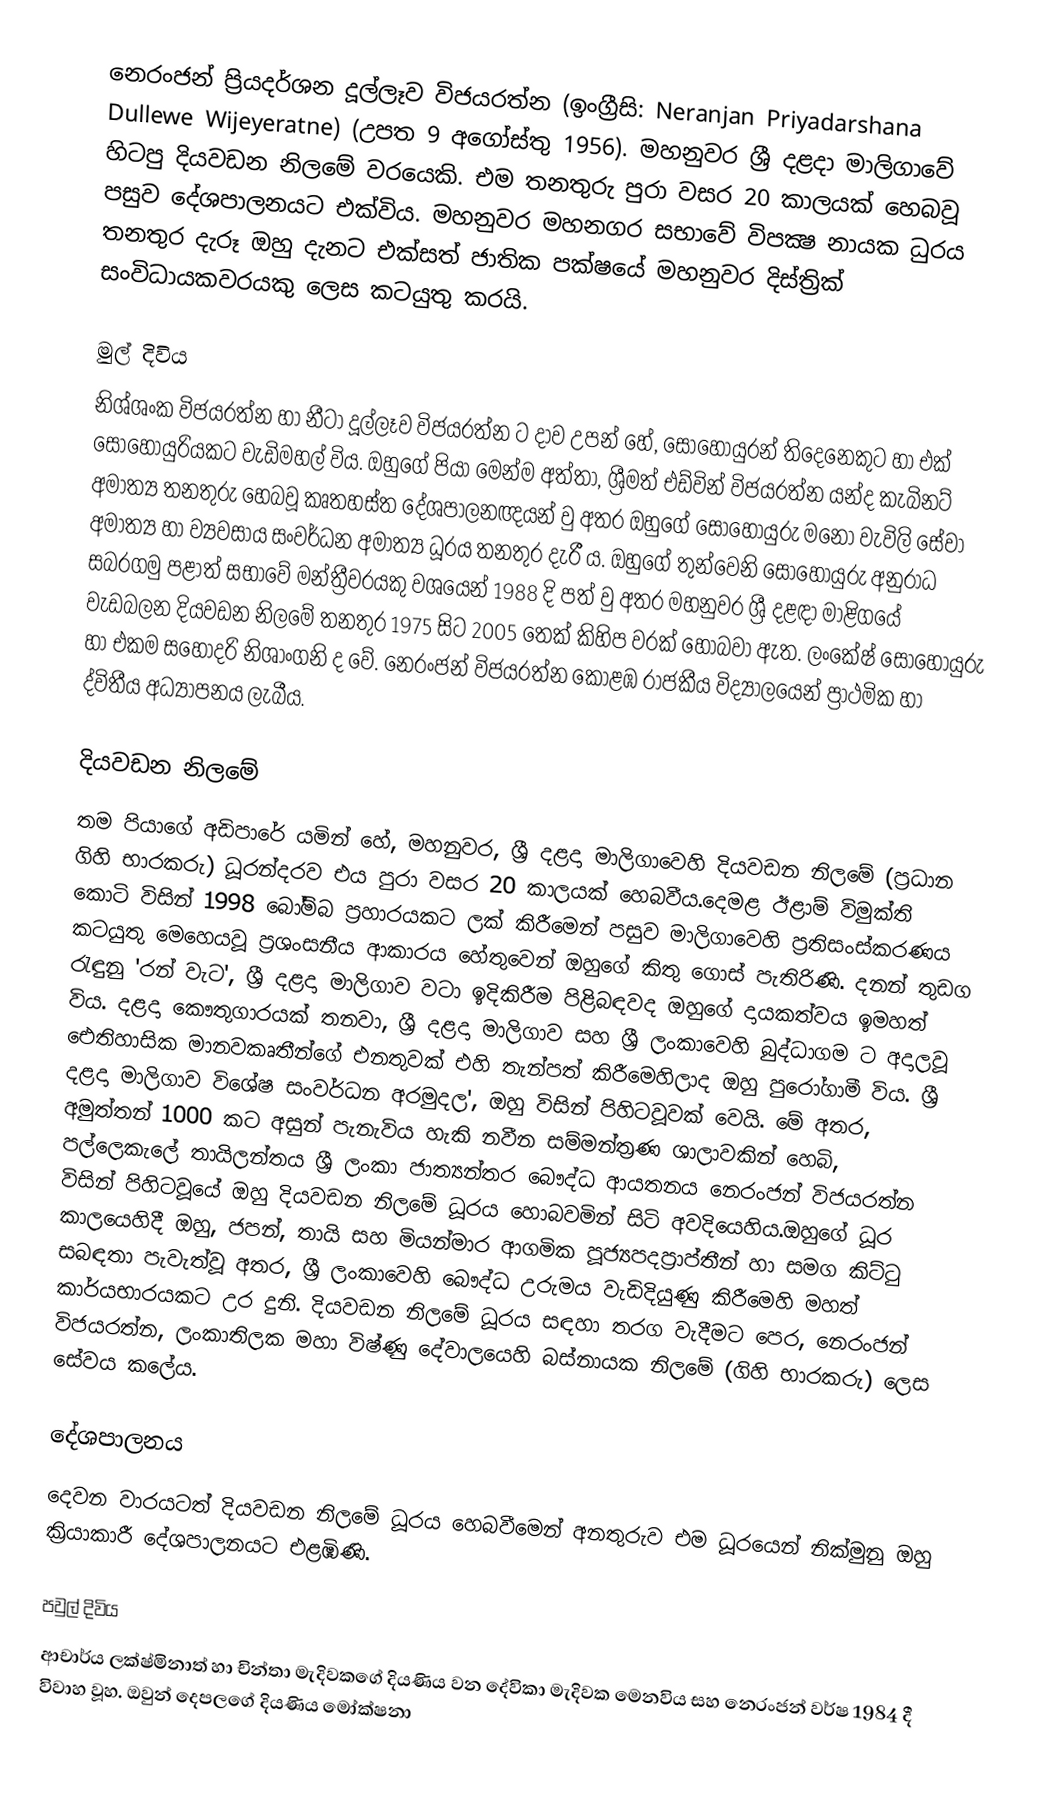
නෙරංජන් ප්‍රියදර්ශන දූල්ලෑව විජයරත්න  (ඉංග්‍රීසි:  Neranjan Priyadarshana Dullewe Wijeyeratne) (උපත 9 අගෝස්තු 1956). මහනුවර ශ්‍රී දළදා මාලිගාවේ හිටපු දියවඩන නිලමේ වරයෙකි. එම තනතුරු පුරා වසර 20 කාලයක් හෙබවූ පසුව දේශපාලනයට එක්විය. මහනුවර මහනගර සභාවේ විපක්‍ෂ නායක ධුරය තනතුර දැරූ ඔහු දැනට එක්සත් ජාතික පක්ෂයේ මහනුවර දිස්ත්‍රික් සංවිධායකවරයකු ලෙස කටයුතු කරයි.

මුල් දිවිය
නිශ්ශංක විජයරත්න හා නීටා දූල්ලෑව විජයරත්න ට දාව උපන් හේ, සොහොයුරන් තිදෙනෙකුට හා එක් සොහොයුරියකට වැඩිමහල් විය. ඔහුගේ පියා මෙන්ම අත්තා, ශ්‍රීමත් එඩ්වින් විජයරත්න යන්ද කැබිනට් අමාත්‍ය තනතුරු හෙබවූ කෘතහස්ත දේශපාලනඥයන් වු අතර  ඔහුගේ සොහොයුරු මනෝ   වැවිලි සේවා අමාත්‍ය හා ව්‍යවසාය සංවර්ධන අමාත්‍ය ධූර‍ය තනතුර දැරී ය. ඔහුගේ තුන්වෙනි සොහොයුරු අනුරාධ සබරගමු පළාත් සභාවේ මන්ත්‍රීවරයකු වශයෙන් 1988 දි පත් වු අතර මහනුවර ශ්‍රී දළඳා මාළිගයේ වැඩබලන දියවඩන නිලමේ තනතුර 1975 සිට 2005 තෙක් කිහිප වරක් හොබවා ඇත. ලංකේෂ් සොහොයුරු හා එකම සහෝදරි නිශාංගනි ද වේ. නෙරංජන් විජයරත්න කොළඹ රාජකීය විද්‍යාලයෙන් ප්‍රාථමික හා ද්විතීය අධ්‍යාපනය ලැබීය.

දියවඩන නිලමේ
තම පියාගේ අඩිපාරේ යමින් හේ, මහනුවර, ශ්‍රී දළදා මාලිගාවෙහි දියවඩන නිලමේ (ප්‍රධාන ගිහි භාරකරු) ධූරන්දරව එය පුරා වසර 20 කාලයක් හෙබවීය.දෙමළ ඊළාම් විමුක්ති කොටි විසින් 1998 බෝම්බ ප්‍රහාරයකට ලක් කිරීමෙන් පසුව මාලිගාවෙහි ප්‍රතිසංස්කරණය කටයුතු මෙහෙයවූ ප්‍රශංසනීය ආකාරය හේතුවෙන් ඔහුගේ කිතු ගොස් පැතිරිණි.  දනන් තුඩග රැඳුනු 'රන් වැට',  ශ්‍රී දළදා මාලිගාව වටා ඉදිකිරීම පිළිබඳවද ඔහුගේ දායකත්වය ඉමහත් විය. දළදා කෞතුගාරයක් තනවා,  ශ්‍රී දළදා මාලිගාව සහ ශ්‍රී ලංකාවෙහි  බුද්ධාගම ට අදාලවූ ඓතිහාසික මානවකෘතීන්ගේ එනතුවක්  එහි තැන්පත් කිරීමෙහිලාද ඔහු පුරෝගාමී විය. ශ්‍රී දළදා මාලිගාව විශේෂ සංවර්ධන අරමුදල',  ඔහු විසින් පිහිටවූවක් වෙයි. මේ අතර, අමුත්තන් 1000 කට අසුන් පැනැවිය හැකි නවීන සම්මන්ත්‍රණ ශාලාවකින් හෙබි,  පල්ලෙකැලේ තායිලන්තය ශ්‍රී ලංකා ජාත්‍යන්තර බෞද්ධ ආයතනය  නෙරංජන් විජයරත්න විසින් පිහිටවූයේ ඔහු දියවඩන නිලමේ ධූර‍ය හොබවමින් සිටි අවදියෙහිය.ඔහුගේ ධූර කාලයෙහිදී ඔහු,  ජපන්, තායි සහ මියන්මාර ආගමික පූජ්‍යපදප්‍රාප්තීන් හා සමග කිට්ටු සබඳතා පැවැත්වූ අතර, ශ්‍රී ලංකාවෙහි බෞද්ධ උරුමය වැඩිදියුණු කිරීමෙහි මහත් කාර්යභාරයකට උර දුනි.  දියවඩන නිලමේ ධූරය සඳහා තරග වැදීමට පෙර, නෙරංජන් විජයරත්න, ලංකාතිලක මහා විෂ්ණු දේවාලයෙහි බස්නායක නිලමේ (ගිහි භාරකරු) ලෙස සේවය කලේය.

දේශපාලනය
දෙවන වාරයටත් දියවඩන නිලමේ ධූරය හෙබවීමෙන් අනතුරුව එම ධූරයෙන් නික්මුනු ඔහු ක්‍රියාකාරී දේශපාලනයට එළඹිණි.

පවුල් දිවිය
ආචාර්ය ලක්ෂ්මිනාත් හා චින්තා මැදිවකගේ දියණිය වන දේවිකා මැදිවක මෙනවිය සහ නෙරංජන් වර්ෂ 1984 දී විවාහ වූහ. ඔවුන් දෙපලගේ දියණිය මෝක්ෂනා